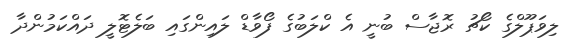
ލިވަޕޫލްގެ ކޯޗު ރޮޖާސް ބުނީ އެ ކްލަބުގެ ފޯވާޑް ލައިންގައި ބަލެޓޮލީ ދައްކަމުންދާ